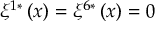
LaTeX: \xi ^ { 1 * } \left( x \right) = \xi ^ { 6 * } \left( x \right) = 0